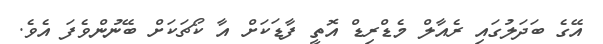
އޭގެ ބަދަލުގައި ރެއާލް މެޑްރިޑް އޮތީ ފާޑަކަށް އާ ކޯޗަކަށް ބޭނުންވެފަ އެވެ.